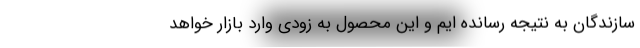
سازندگان به نتیجه رسانده ایم و این محصول به زودی وارد بازار خواهد